Indian journal of veterinary science and animal husbandry - Volumes 15-17, 1948-1951
Year: 1948
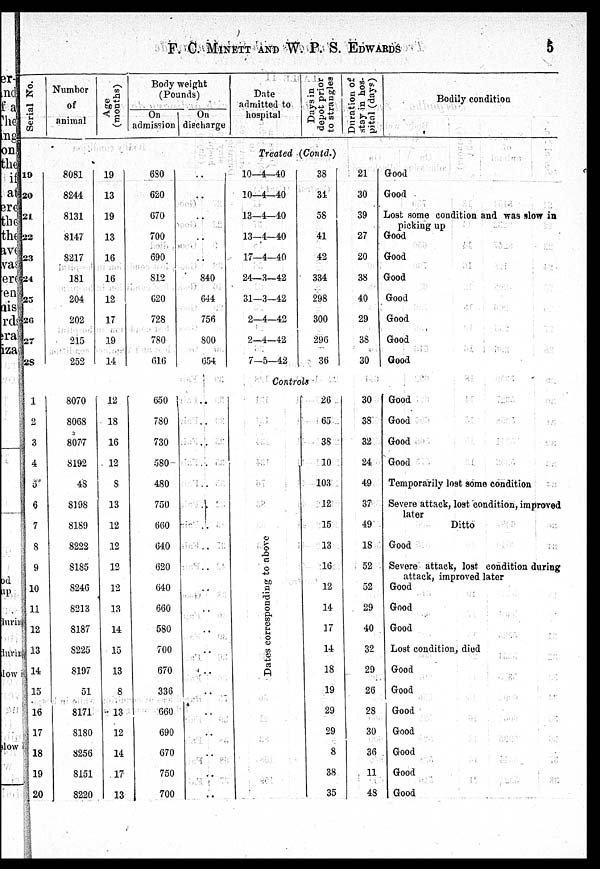
F. C. MINETT AND W. P. S. EDWARDS
5
Serial No.
Number
of
animal
Age
(months)
Body weight
(Pounds)
On
admission
On
discharge
Date
admitted to
hospital
Days in
depot prior
to strangles
Duration of
stay in hos-
pital (days)
Bodily condition
Treated (Contd.)
19
20
21
22
23
24
25
26
27
28
8081
8244
8131
8147
8217
181
204
202
215
252
19
13
19
13
16
16
12
17
19
14
680
620
670
700
690
812
620
728
780
616
. .
. .
. .
..
..
840
644
756
800
654
10—4—40
10—4—40
13—4—40
13—4—40
17—4—40
24—3—42
31—3—42
2—4—42
2—4—42
7—5—42
38
34
58
41
42
334
298
300
296
36
21
30
39
27
20
38
40
29
38
30
Good
Good
Lost some condition and was slow in
picking up
Good
Good
Good
Good
Good
Good
Good
Controls
1
2
3
4
5
6
7
8
9
10
11
12
13
14
15
16
17
18
19
20
8070
8068
8077
8192
48
8198
8189
8222
8185
8246
8213
8187
8225
8197
51
8171
8180
8256
8151
8220
12
18
16
12
8
13
12
12
12
12
13
14
15
13
8
13
12
14
17
13
650
780
730
580
480
750
660
640
620
640
660
580
700
670
336
660
690
670
750
700
..
..
..
..
..
..
..
..
..
..
..
..
..
..
..
..
..
..
..
..
Dat es c o r r e s p o n d i n g to above
26
65
38
10
103
12
15
13
16
12
14
17
14
18
19
29
29
8
38
35
30
38
32
24
49
37
49
18
52
52
29
40
32
29
26
28
30
36
11
48
Good
Good
Good
Good
Temporarily lost some condition
Severe attack, lost condition, improved
later
Ditto
Good
Severe attack, lost condition during
attack, improved later
Good
Good
Good
Lost condition, died
Good
Good
Good
Good
Good
Good
Good